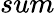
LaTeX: sum